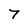
Character: 7